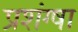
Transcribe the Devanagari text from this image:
प्रशंग्षा